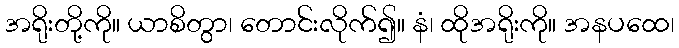
အရိုးတို့ကို။ ယာစိတွာ၊ တောင်းလိုက်၍။ နံ၊ ထိုအရိုးကို။ အနပထေ၊